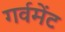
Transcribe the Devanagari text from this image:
गर्वमेंट